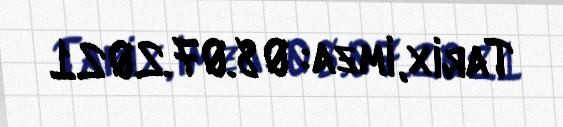
Tarix, imza: 08.07.2021